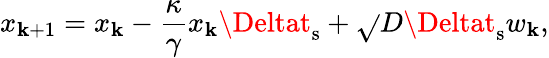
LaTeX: x_{\mathbf{k}+1}=x_{\mathbf{k}}-\frac{{\kappa}}{{\gamma}}x_{\mathbf{k}}\Deltat_{\mathrm{{s}}}+\sqrt{}{{D\Deltat_{\mathrm{{s}}}}}w_{\mathbf{k}},